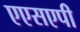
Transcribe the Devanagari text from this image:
एएसएपी